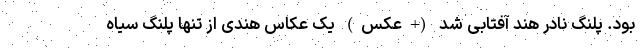
بود. پلنگ نادر هند آفتابی شد (+عکس) یک عکاس هندی از تنها پلنگ سیاه